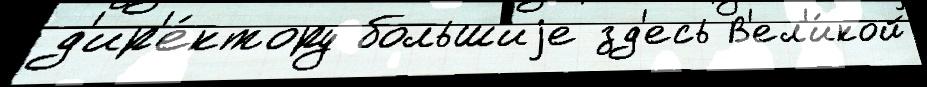
д'ир'е́ктору большиjе зд'есь В'ел'и́кой